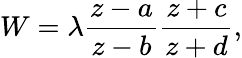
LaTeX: W=\lambda\frac{z-a}{z-b}\frac{z+c}{z+d},